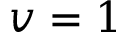
v = 1